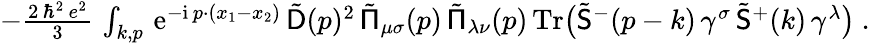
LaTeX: \begin{array}{r}{-\frac{2\, \hbar^{2}\, e^{2}}3\, \int_{k,p}\, {\mathrm{e}}^{-{\mathrm{i}}\, p\cdot(x_{1}-x_{2})}\, \tilde{\mathsf{D}}(p)^{2}\, \tilde{\mathsf{\Pi}}_{\mu\sigma}(p)\, \tilde{\mathsf{\Pi}}_{\lambda\nu}(p)\, \mathrm{Tr}\big(\tilde{\mathsf{S}}^{-}(p-k)\, \gamma^{\sigma}\, \tilde{\mathsf{S}}^{+}(k)\, \gamma^{\lambda}\big)\ .}\end{array}